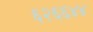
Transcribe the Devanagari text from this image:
६२६६४४